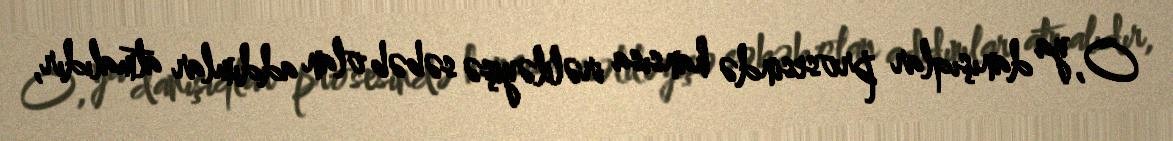
O, ya danışıqlar prosesində hansısa irəliləyişə səbəb olan addımlar atmalıdır,